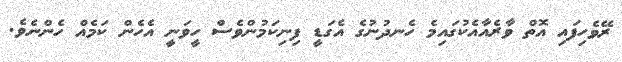
ރޭވެހިފައި އޮތް ވާރެއާއެކުގައިމެ ހެނދުނުގެ އެގަޑީ ފިނިކަމުންވެސް ހީވަނީ އެހެން ކަމެއް ހެންނެވެ.